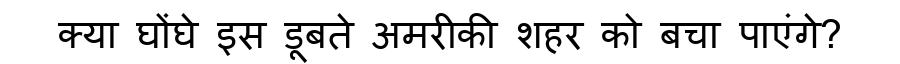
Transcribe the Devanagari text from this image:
क्या घोंघे इस डूबते अमरीकी शहर को बचा पाएंगे?